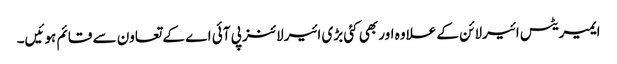
ایمیریٹس ائیرلائن کے علاوہ اور بھی کئی بڑی ائیرلائنز پی آئی اے کے تعاون سے قائم ہوئیں۔